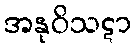
အနုဝိသဋာ